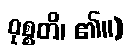
ဝုစ္စတိ၊ ၏။)